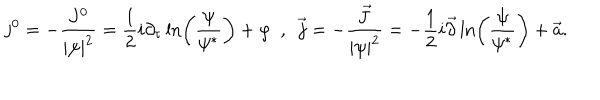
LaTeX: j ^ { 0 } = - \frac { J ^ { 0 } } { | \psi | ^ { 2 } } = \frac { 1 } { 2 } i \partial _ { \tau } \ln \left( \frac { \psi } { \psi ^ { * } } \right) + \varphi \ \ , \ \ \vec { j } = - \frac { \vec { J } } { | \psi | ^ { 2 } } = - \frac { 1 } { 2 } i \vec { \partial } \ln \left( \frac { \psi } { \psi ^ { * } } \right) + \vec { a } .